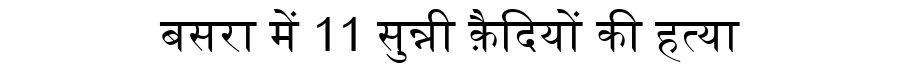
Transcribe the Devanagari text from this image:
बसरा में 11 सुन्नी क़ैदियों की हत्या